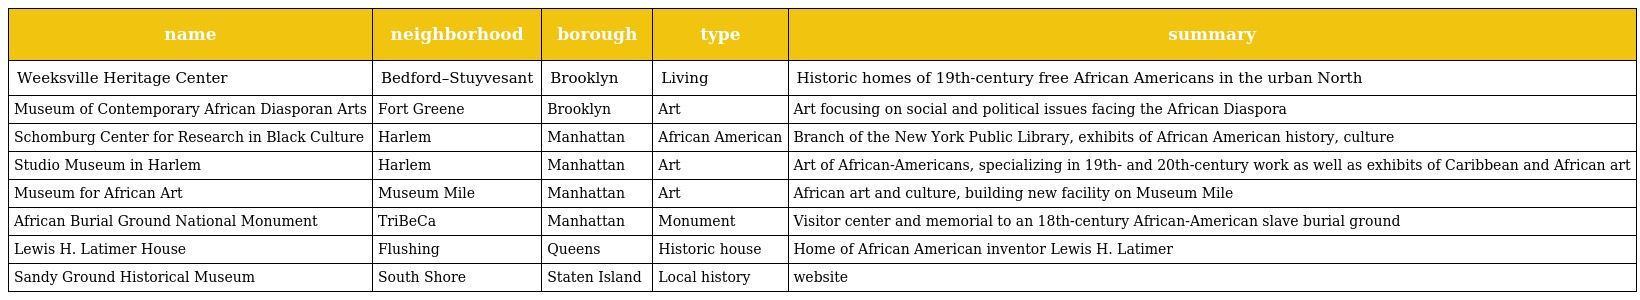
| name | neighborhood | borough | type | summary |
 | --- | --- | --- | --- | --- |
 | Weeksville Heritage Center | Bedford–Stuyvesant | Brooklyn | Living | Historic homes of 19th-century free African Americans in the urban North |
 | Museum of Contemporary African Diasporan Arts | Fort Greene | Brooklyn | Art | Art focusing on social and political issues facing the African Diaspora |
 | Schomburg Center for Research in Black Culture | Harlem | Manhattan | African American | Branch of the New York Public Library, exhibits of African American history, culture |
 | Studio Museum in Harlem | Harlem | Manhattan | Art | Art of African-Americans, specializing in 19th- and 20th-century work as well as exhibits of Caribbean and African art |
 | Museum for African Art | Museum Mile | Manhattan | Art | African art and culture, building new facility on Museum Mile |
 | African Burial Ground National Monument | TriBeCa | Manhattan | Monument | Visitor center and memorial to an 18th-century African-American slave burial ground |
 | Lewis H. Latimer House | Flushing | Queens | Historic house | Home of African American inventor Lewis H. Latimer |
 | Sandy Ground Historical Museum | South Shore | Staten Island | Local history | website |